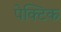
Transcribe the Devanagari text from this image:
पेक्टिक